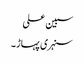
سبین علی
سنہری پہاڑ ۔